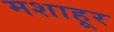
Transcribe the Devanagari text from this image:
मशाहूर